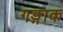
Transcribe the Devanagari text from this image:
गङ्गाक